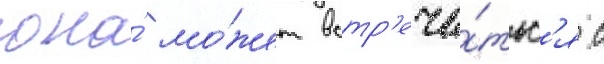
она́ мо́жет встр'еча́тьс'я с